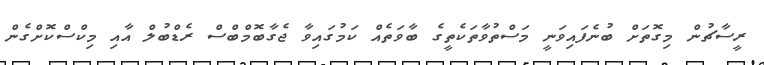
ރީސާޗުން މިގޮތަށް ބުނެފައިވަނީ މަސްތުވާތަކެތީގެ ބާވަތެއް ކަމުގައިވާ ޖެގާބޮމްބްސް ރެޑްބުލް އާއި މިކްސްކޮށްގެން